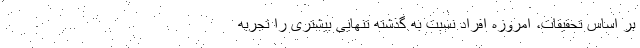
بر اساس تحقیقات، امروزه افراد نسبت به گذشته تنهایی بیشتری را تجربه